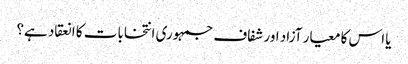
یا اس کا معیار آزاد اور شفاف جمہوری انتخابات کا انعقاد ہے؟